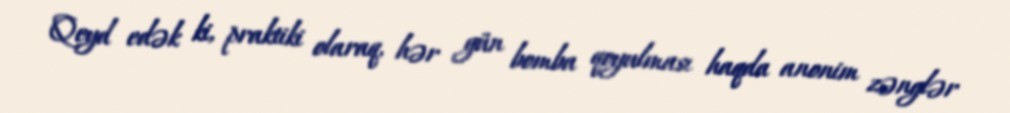
Qeyd edək ki, praktiki olaraq, hər gün bomba qoyulması haqda anonim zənglər